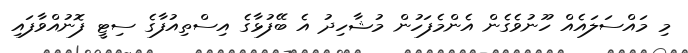
މި މައްސަލައެއް ހޫނުވެގެން އެންމެފަހުން މުޝާހިދު އެ ބޭފުޅާގެ އިސްތިއުފާގެ ސިޓީ ފޮނުއްވާފައި